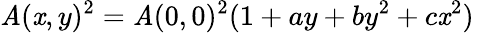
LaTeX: \mathit{A}(\mathit{x},y)^{2}=\mathit{A}(0,0)^{2}(1+ay+by^{2}+c\mathit{x}^{2})~~